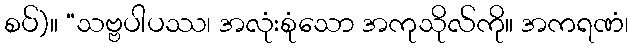
စပ်)။ “သဗ္ဗပါပဿ၊ အလုံးစုံသော အကုသိုလ်ကို။ အကရဏံ၊